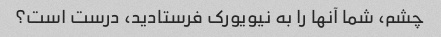
چشم، شما آنها را به نیویورک فرستادید، درست است؟